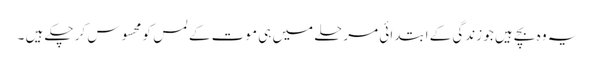
یہ وہ بچے ہیں جو زندگی کے ابتدائی مرحلے میں ہی موت کے لمس کو محسوس کر چکے ہیں ۔